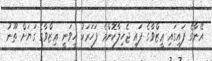
އޭނާގެ ފައިގައި ޢީޒްވާގެ ފައި ޖެހިލާކޮންމެ ފަހަރަކު ހީވަނީ ޢިޒްވާގެ ގަޔަށް ތޫނު